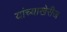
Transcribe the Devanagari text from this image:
यांच्याखेरीज